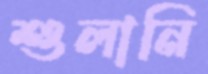
শুলানি